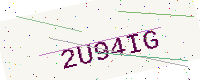
Text: 2U94IG